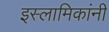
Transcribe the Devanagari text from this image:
इस्लामिकांनी